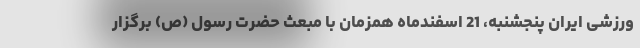
ورزشی ایران پنجشنبه، 21 اسفندماه همزمان با مبعث حضرت رسول (ص) برگزار